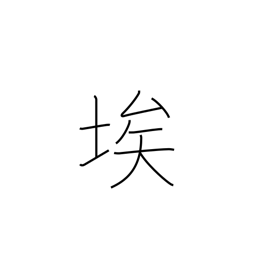
Meaning: dust